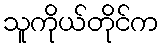
သူကိုယ်တိုင်က